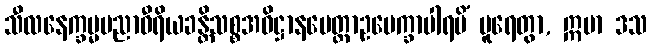
သီလနေက္ခမ္မပညာဝီရိယခန္တိသစ္စအဓိဋ္ဌာနမေတ္တာဥပေက္ခာပါရမိံ ပူရေတွာ, ဣမာ ဒသ